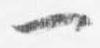
一